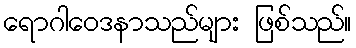
ရောဂါဝေဒနာသည်များ ဖြစ်သည်။